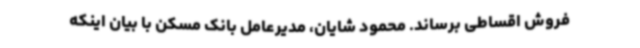
فروش اقساطی برساند. محمود شایان، مدیرعامل بانک مسکن با بیان اینکه